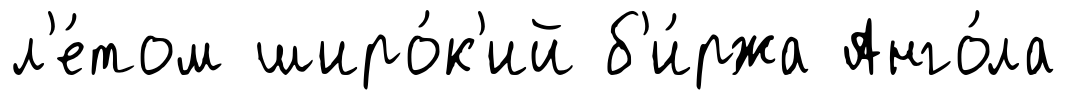
л'е́том широ́к'ий б'и́ржа Анго́ла